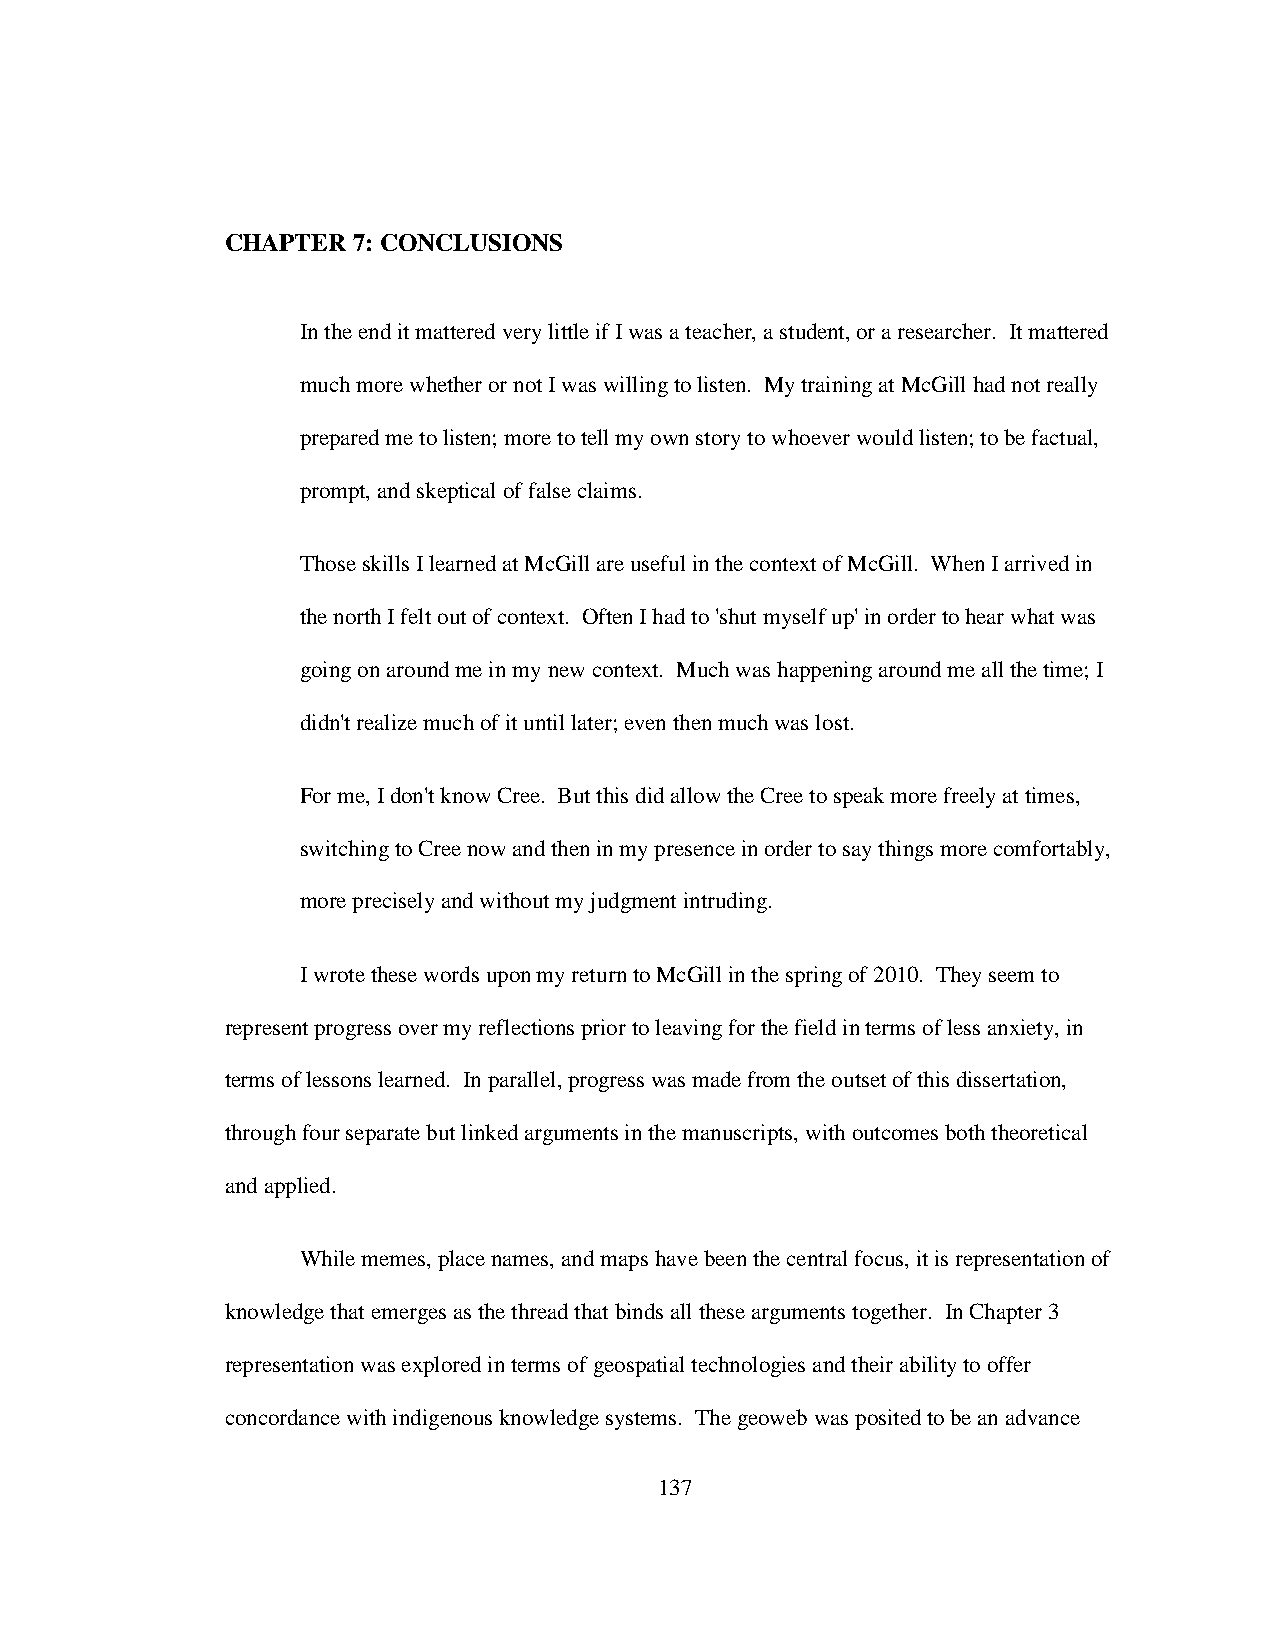
CHAPTER 7: CONCLUSIONS
 In the end it mattered very little if I was a teacher, a student, or a researcher. It mattered
 much more whether or not I was willing to listen. My training at McGill had not really
 prepared me to listen; more to tell my own story to whoever would listen; to be factual,
 prompt, and skeptical of false claims.
 Those skills I learned at McGill are useful in the context of McGill. When I arrived in
 the north I felt out of context. Often I had to 'shut myself up' in order to hear what was
 going on around me in my new context. Much was happening around me all the time; I
 didn't realize much of it until later; even then much was lost.
 For me, I don't know Cree. But this did allow the Cree to speak more freely at times,
 switching to Cree now and then in my presence in order to say things more comfortably,
 more precisely and without my judgment intruding.
 I wrote these words upon my return to McGill in the spring of 2010. They seem to
 represent progress over my reflections prior to leaving for the field in terms of less anxiety, in
 terms of lessons learned. In parallel, progress was made from the outset of this dissertation,
 through four separate but linked arguments in the manuscripts, with outcomes both theoretical
 and applied.
 While memes, place names, and maps have been the central focus, it is representation of
 knowledge that emerges as the thread that binds all these arguments together. In Chapter 3
 representation was explored in terms of geospatial technologies and their ability to offer
 concordance with indigenous knowledge systems. The geoweb was posited to be an advance
 137